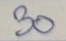
30